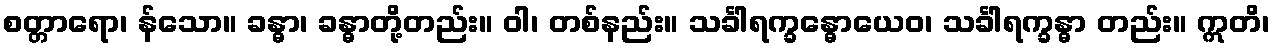
စတ္တာရော၊ န်သော။ ခန္ဓာ၊ ခန္ဓာတို့တည်း။ ဝါ၊ တစ်နည်း။ သင်္ခါရက္ခန္ဓောယေဝ၊ သင်္ခါရက္ခန္ဓာ တည်း။ ဣတိ၊